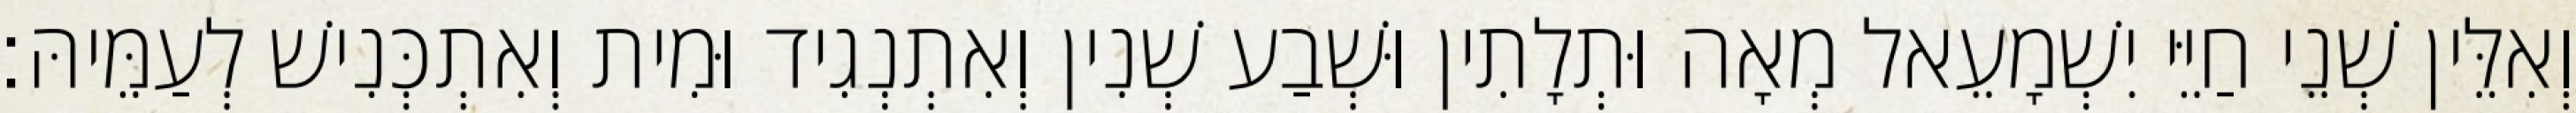
וְאִלֵּין שְׁנֵי חַיֵּי יִשְׁמָעֵאל מְאָה וּתְלָתִין וּשְׁבַע שְׁנִין וְאִתְנְגִיד וּמִית וְאִתְכְּנִישׁ לְעַמֵּיהּ׃